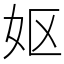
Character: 妪